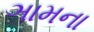
ઞામના